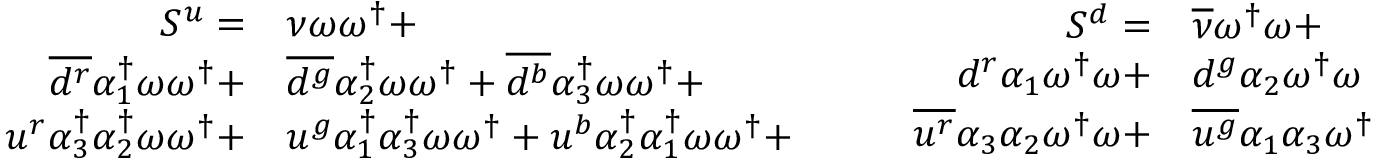
\begin{array} { r l } { S ^ { u } = } & { { } { \nu } \omega \omega ^ { \dagger } + } \\ { \overline { { d ^ { r } } } { \alpha _ { 1 } ^ { \dagger } } \omega \omega ^ { \dagger } + } & { { } \overline { { d ^ { g } } } { \alpha _ { 2 } ^ { \dagger } } \omega \omega ^ { \dagger } + \overline { { d ^ { b } } } { \alpha _ { 3 } ^ { \dagger } } \omega \omega ^ { \dagger } + } \\ { u ^ { r } { \alpha _ { 3 } ^ { \dagger } } { \alpha _ { 2 } ^ { \dagger } } \omega \omega ^ { \dagger } + } & { { } u ^ { g } { \alpha _ { 1 } ^ { \dagger } } { \alpha _ { 3 } ^ { \dagger } } \omega \omega ^ { \dagger } + u ^ { b } { \alpha _ { 2 } ^ { \dagger } } { \alpha _ { 1 } ^ { \dagger } } \omega \omega ^ { \dagger } + } \end{array} \qquad \begin{array} { r l } { S ^ { d } = } & { { } { \overline { { \nu } } } \omega ^ { \dagger } \omega + } \\ { { d } ^ { r } { \alpha _ { 1 } } \omega ^ { \dagger } \omega + } & { { } { d } ^ { g } { \alpha _ { 2 } } \omega ^ { \dagger } \omega + { d } ^ { b } { \alpha _ { 3 } } \omega ^ { \dagger } \omega + } \\ { \overline { { u ^ { r } } } { \alpha _ { 3 } } { \alpha _ { 2 } } \omega ^ { \dagger } \omega + } & { { } \overline { { u ^ { g } } } { \alpha _ { 1 } } { \alpha _ { 3 } } \omega ^ { \dagger } \omega + \overline { { u ^ { b } } } { \alpha _ { 2 } } { \alpha _ { 1 } } \omega ^ { \dagger } \omega + } \end{array}